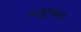
મજૂમદાર